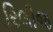
રિલીજ